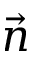
\vec { n }